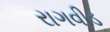
રાગવીડ